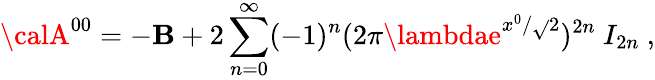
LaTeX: {\calA}^{00}=-{\cal\mathbf{B}}+2\sum_{n=0}^{\infty}(-1)^{n}(2\pi\lambdae^{x^{0}/\sqrt{}{{2}}})^{2n}~I_{2n}~,